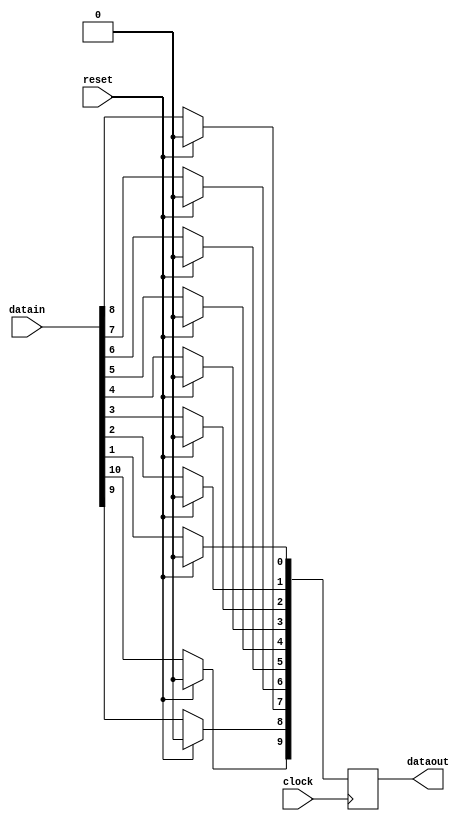
module divider_2 (
	clock,
	reset,
	datain,
	dataout
);

	input clock;
	input reset;
	input [10:0] datain;
	output [9:0] dataout;
	
	reg [10:0] Q;
	
	integer i;
	always @ (posedge clock)
		if(reset)
			Q <= 10'b0;
		else
		begin
			for(i = 0; i < 10; i = i + 1)
				Q[i] <= datain[i+1];
			Q[10] <= 1'b0;
		end
	
	assign dataout = Q[9:0];
endmodule